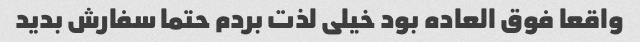
واقعا فوق العاده بود خیلی لذت بردم حتما سفارش بدید